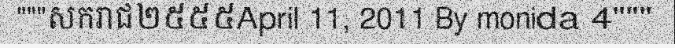
"""សករាជ២៥៥៥April 11, 2011 By monida 4"""